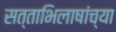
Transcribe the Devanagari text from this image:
सत्ताभिलाषांच्या